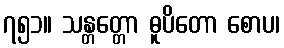
၇၅၁။ သန္တတ္တော ဓူပိတော စောပ၊